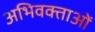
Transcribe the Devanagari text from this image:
अभिवक्ताओं